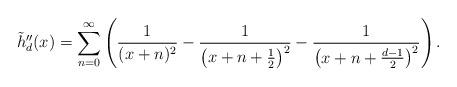
LaTeX: \begin{align*}\tilde{h}_d''(x) = \sum_{n=0}^\infty\left(\frac{1}{(x+n)^2}-\frac{1}{\left(x+n+\frac{1}{2}\right)^2}-\frac{1}{\left(x+n+\frac{d-1}{2}\right)^2}\right).\end{align*}